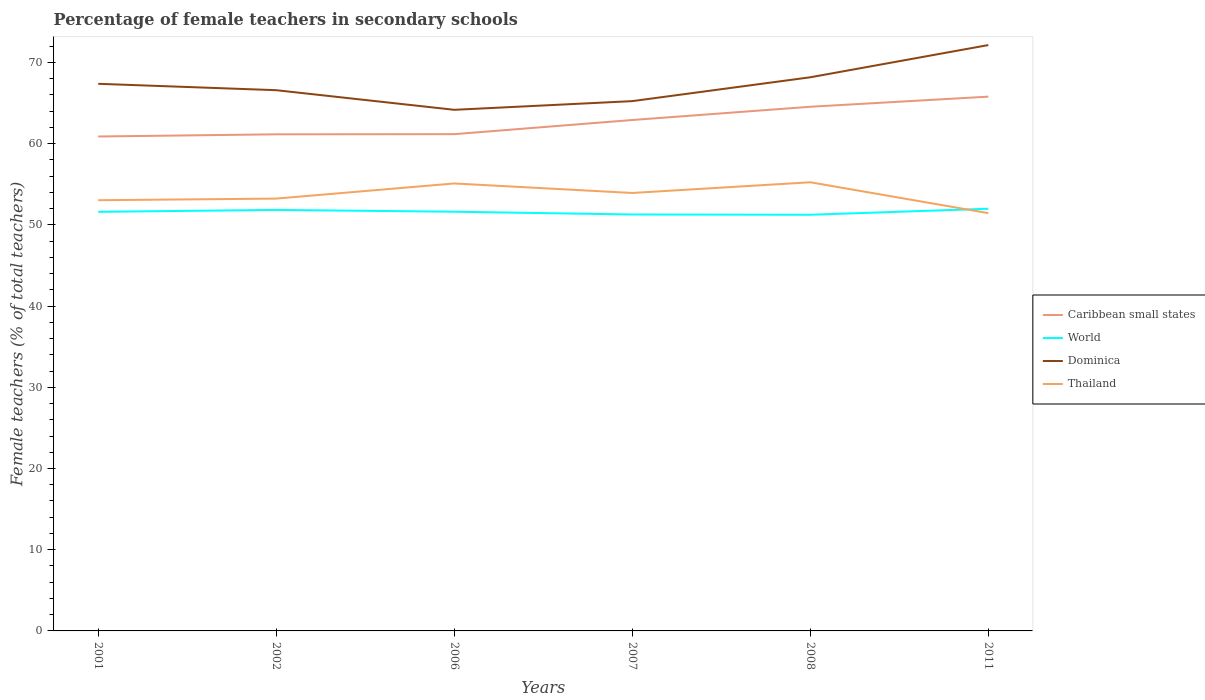
| Years | Caribbean small states | World | Dominica | Thailand |
 | --- | --- | --- | --- | --- |
 | 2001 | 60.9 | 51.6 | 67.4 | 53 |
 | 2002 | 61.2 | 51.8 | 66.6 | 53.2 |
 | 2006 | 61.2 | 51.6 | 64.2 | 55.1 |
 | 2007 | 62.9 | 51.3 | 65.2 | 53.9 |
 | 2008 | 64.6 | 51.3 | 68.2 | 55.3 |
 | 2011 | 65.8 | 52 | 72.1 | 51.4 |